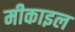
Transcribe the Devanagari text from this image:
मीकाइल